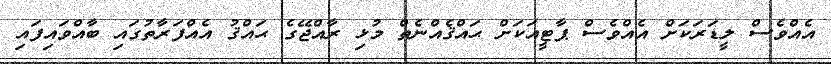
އެއްވެސް ލީޑަރަކަށް އެއްވެސް ޕާޓީއަކަށް ޙައްޤެއްނެތް މުޅި ރާއްޖޭގެ ޙައްޤު އެއްފަރާތުގައި ބާއްވައިފައި